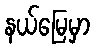
နယ်မြေမှာ